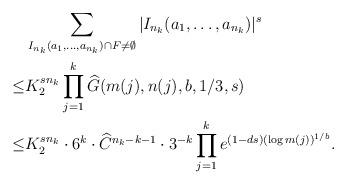
LaTeX: \begin{align*}&\sum_{ I_{n_k}(a_1,\ldots,a_{n_k})\cap F\neq\emptyset} |I_{n_k}(a_1,\ldots,a_{n_k})|^{s} \\ \leq &K_2^{sn_k}\prod_{j=1}^k \widehat{G}(m(j),n(j),b,1/3,s) \\\leq & K_2^{sn_k} \cdot 6^k \cdot \widehat{C}^{n_k-k-1} \cdot 3^{-k} \prod_{j=1}^k e^{(1-ds)(\log m(j))^{1/b}}. \end{align*}